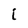
Character: i